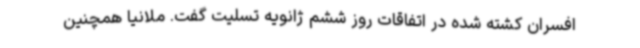
افسران کشته شده در اتفاقات روز ششم ژانویه تسلیت گفت. ملانیا همچنین